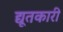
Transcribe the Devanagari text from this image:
द्यूतकारी